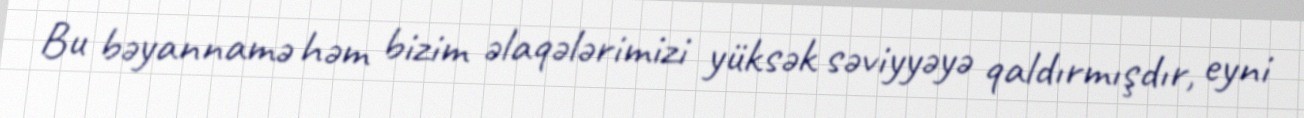
Bu bəyannamə həm bizim əlaqələrimizi yüksək səviyyəyə qaldırmışdır, eyni